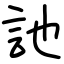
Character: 訑